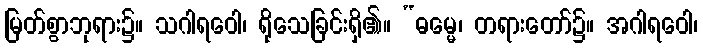
မြတ်စွာဘုရား၌။ သဂါရဝေါ၊ ရိုသေခြင်းရှိ၏။ “ဓမ္မေ၊ တရားတော်၌။ အဂါရဝေါ၊